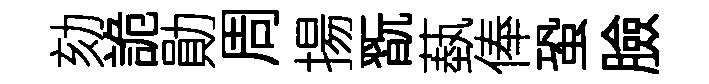
劾詭勛周揚翫蓺俸蛩臉